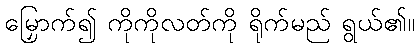
မြှောက်၍ ကိုကိုလတ်ကို ရိုက်မည် ရွယ်၏။